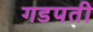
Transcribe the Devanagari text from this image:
गडपती